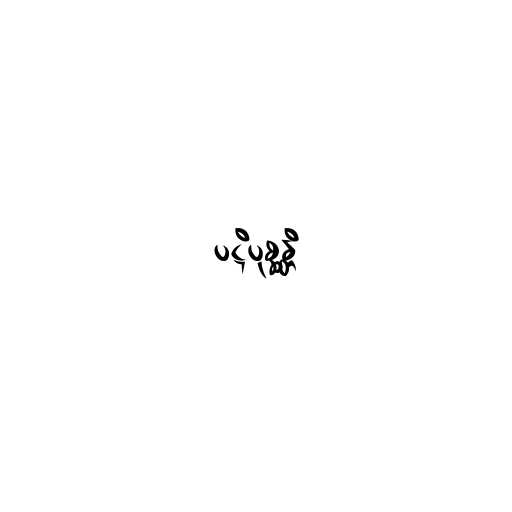
ပဋိပုစ္ဆန္တိ